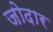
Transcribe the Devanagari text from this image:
जोदार